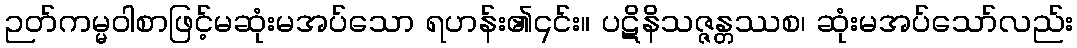
ဉတ်ကမ္မဝါစာဖြင့်မဆုံးမအပ်သော ရဟန်း၏၎င်း။ ပဋိနိသဇ္ဇန္တဿစ၊ ဆုံးမအပ်သော်လည်း